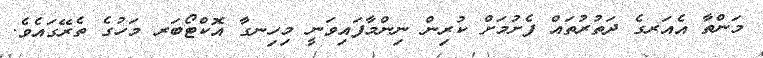
މަންތާ އެއަރގެ ދަތުރުތައް ފެށުމަށް ކުރިން ނިންމާފައިވަނީ މިހިނގާ އޮކްޓޯބަރ މަހުގެ ތެރޭގައެވެ.